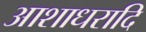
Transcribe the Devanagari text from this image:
आशाधरादि